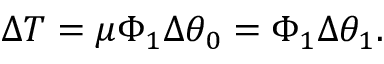
\Delta T = \mu \Phi _ { 1 } \Delta \theta _ { 0 } = \Phi _ { 1 } \Delta \theta _ { 1 } .